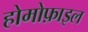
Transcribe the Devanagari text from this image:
होमोफ़ाइल